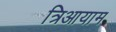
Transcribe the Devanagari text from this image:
त्रिआयाम